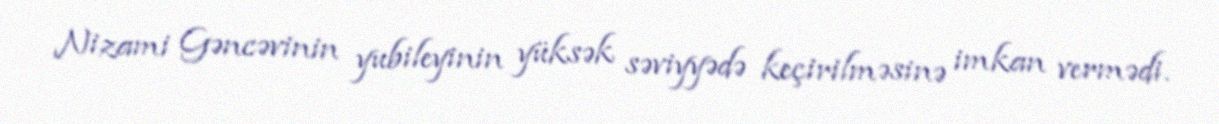
Nizami Gəncəvinin yubileyinin yüksək səviyyədə keçirilməsinə imkan vermədi.